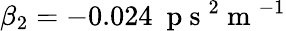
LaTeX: \beta_{2}=-0.024~\mathrm{~p~s~}^{2}\mathrm{~m~}^{-1}